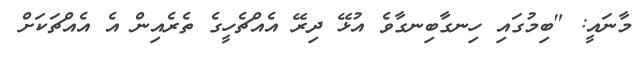
މާނައީ: "ބިމުގައި ހިނގާބިނގާވެ އުޅޭ ދިރޭ އެއްޗެހީގެ ތެރެއިން އެ އެއްޗަކަށް